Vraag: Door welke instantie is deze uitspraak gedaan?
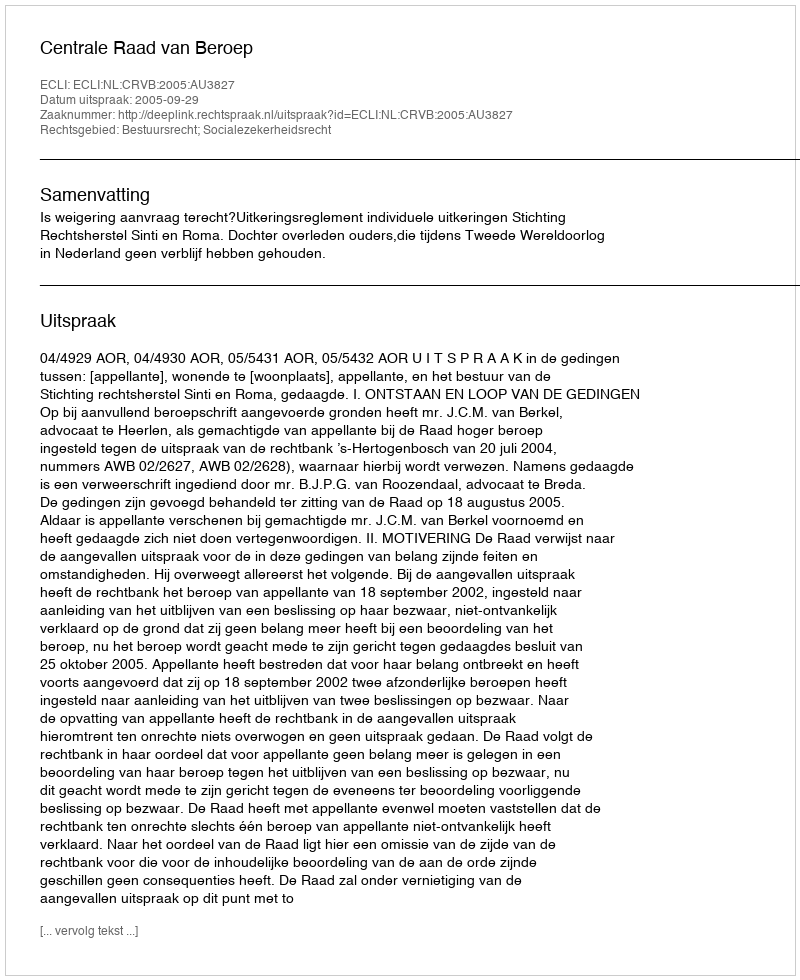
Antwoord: Centrale Raad van Beroep